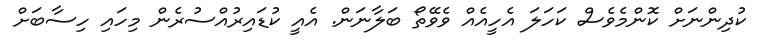
ކުދިންނަށް ކޮންމެވެސް ކަހަލަ އެހީއެއް ވެވޭތޯ ބަލާނަން. އެއީ ކުޑައިރުއްސުރެން މިހައި ހިސާބަށް